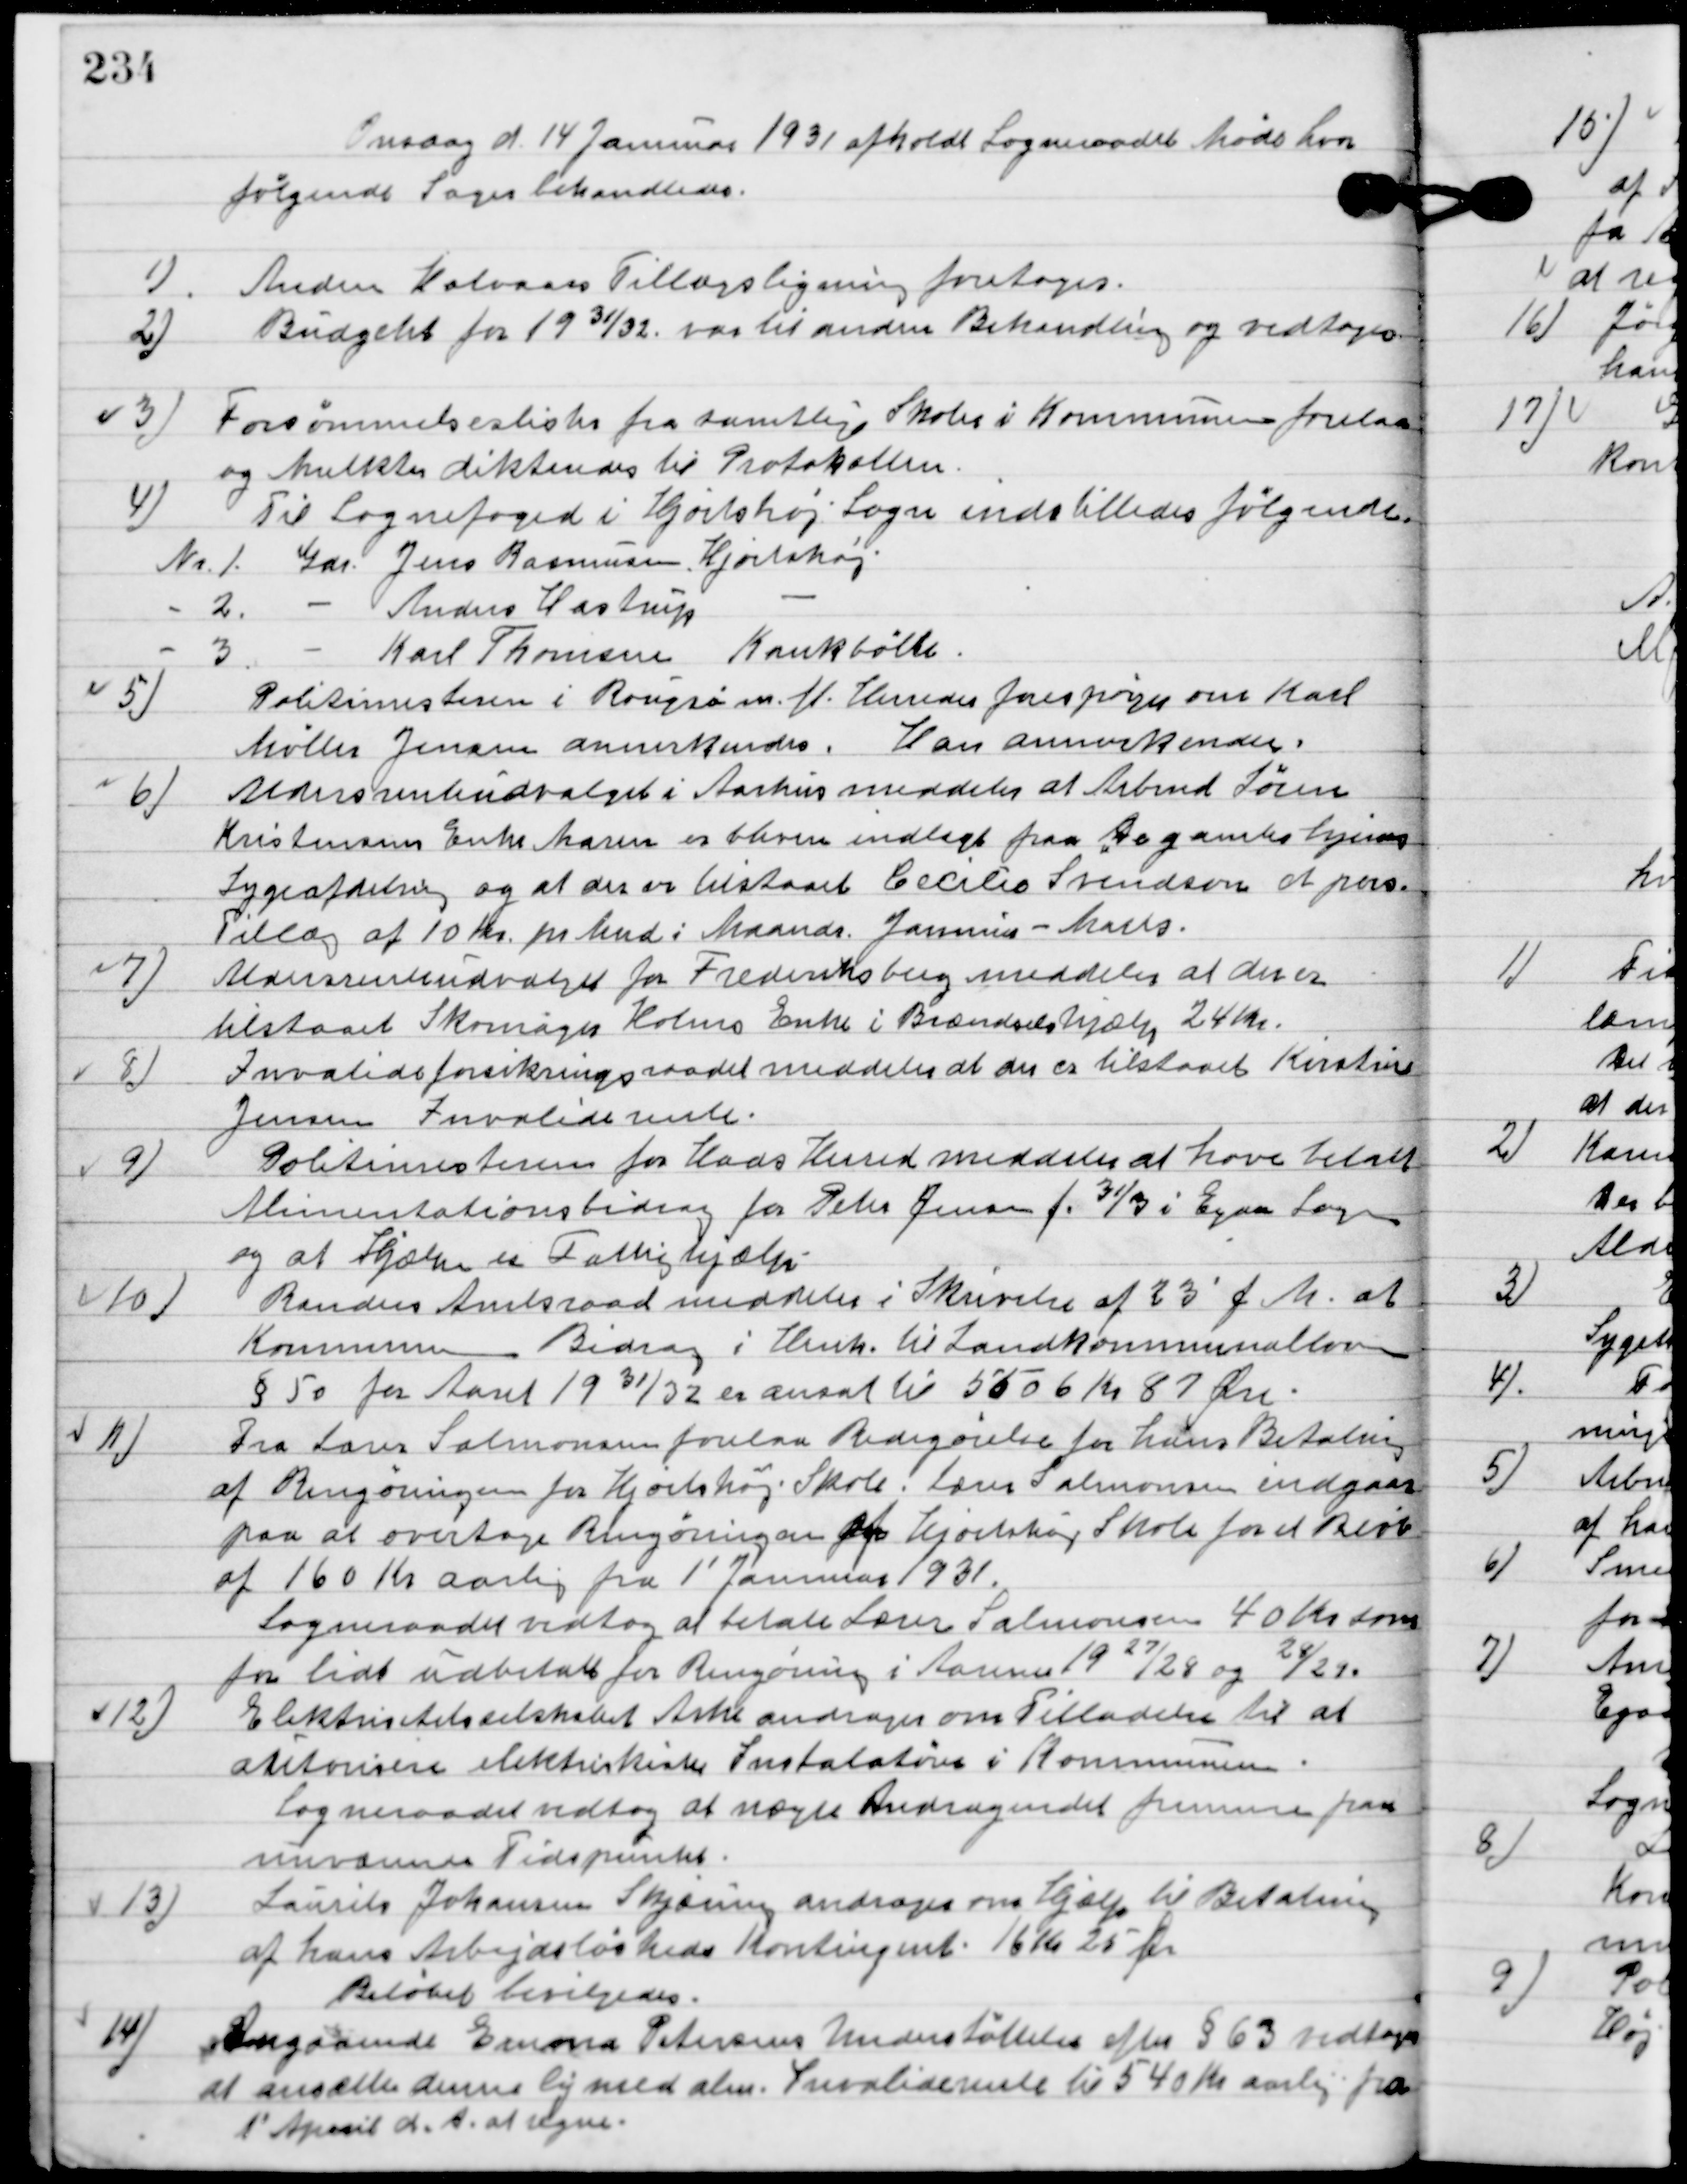
Transskription:
Onsdag d. 14. Januar 1931 afholdt Sogneraadet Møde hvor
følgende sager behandledes.

1

Anden Halvaars Tillægsligning foretoges.

2.

Budgettet for 1931/32 var til anen Behandling og vedtoges.

3.

Forsømmelseslister fra samtlige Skoler i Kommunen forelaa
og Mulkter dikteredes til Protokollen.

4.

Til Sognefoged i Hjortshøj Sogn indstilledes følgende:
Nr. 1. Gdr. Jens Rasmussen, Hjortshøj
Nr. 2.		-	Anders Hastrup		-
Nr. 3.		-	Karl Thomsen, Kankbølle

5.

Politimesteren i Rougsø m. fl. Herredes forespørger om Karl
Møller Jensen annekendes.
Han annerkendes.

6.

Aldersrenteudvalget i Aarhus meddeler at Arbmd. Søren
Kristensens Enke Maren er bleven indlagt paa De gamles hjem.
Sygeafdeling og at der er bistaaet Cecilia Svendsen et pers.
Tillæg af 10 Kr. pr. Mnd. I Maands Januar-Marts.

7

Aldersrenteudvalget for Frederiksberg meddeler at der er
tilstaaet skomager Holms Enke i Brændsels hjælp 24 Kr.

8

Invalideforsikringsudvalget meddeler at der er tilstaaet Kirstine
Jensen Invalide rente.

9

Politimesteren for Hads Herred meddeler at have betalt
alimentationsbidrag for Peter Jensen f. 31/3 i Egaa sogn
og at Hjælpen er Fattighjælp.

10

Randers Amtsraad meddeler i Skrivelse af 23´ f. M. at
Kommunens Bidrag i henh. Til Landskommunal loven
§ 50 for Aaret 19 31/32 er ansat til 5506 Kr. 87 Øre.

11

Fra Lars Salomonsen forelaa Redegørelse for hans Betaling
af rengøring for Hjortshøj Skole. Lærer Salomonsen indgaar
på at overtage Rengøringen for Hjortshøj Skole for et Beløb
af 160 Kr. aarlig fra 1´ Januar 1931.
Sogneraader vedtog at betale Lars Salomonsen 40 kr. som
for lidt udbetalt for ringøringen i Aarene 1927-28 og 28-29.

12

Elektricitet selskabet Arke andrager om Tilladelse til at 
autorisere elektriskiske Instalation i Kommunen. 
Sogneraadet vedtog at nægte Andragendet fremme paa 
nuværende Tidspunkt.

13

Laurits Johansen Skjæirng andrager om hjælp til Betaling
af hans Arbejdsløsheds Kontingent 16 Kr. 25 Øre
Beløbet bevilligedes.

14

Angaaende Emma Petersens Understøttelse efter § 63 vedtoges 
at ansætte denne lig med alm. Invalide rente til 540 Kr. aarlig fra 
1´ April d. A. at regne.